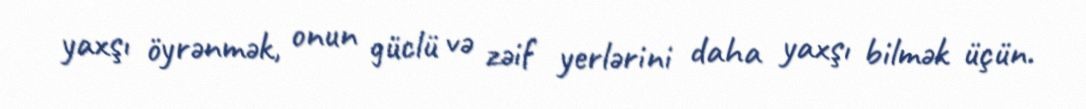
yaxşı öyrənmək, onun güclü və zəif yerlərini daha yaxşı bilmək üçün.